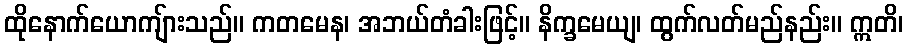
ထိုနောက်ယောကျ်ားသည်။ ကတမေန၊ အဘယ်တံခါးဖြင့်။ နိက္ခမေယျ၊ ထွက်လတ်မည်နည်း။ ဣတိ၊